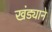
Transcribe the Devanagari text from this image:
खंड्याने